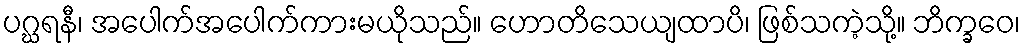
ပဂ္ဃရနီ၊ အပေါက်အပေါက်ကားမယိုသည်။ ဟောတိသေယျထာပိ၊ ဖြစ်သကဲ့သို့။ ဘိက္ခဝေ၊